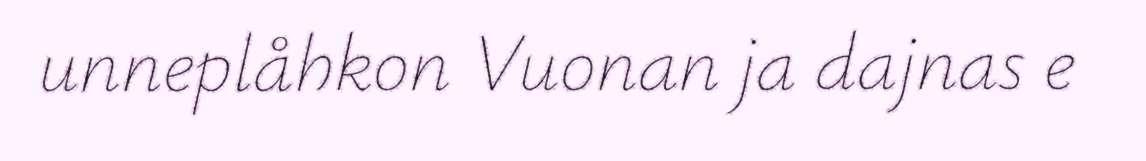
unneplåhkon Vuonan ja dajnas e